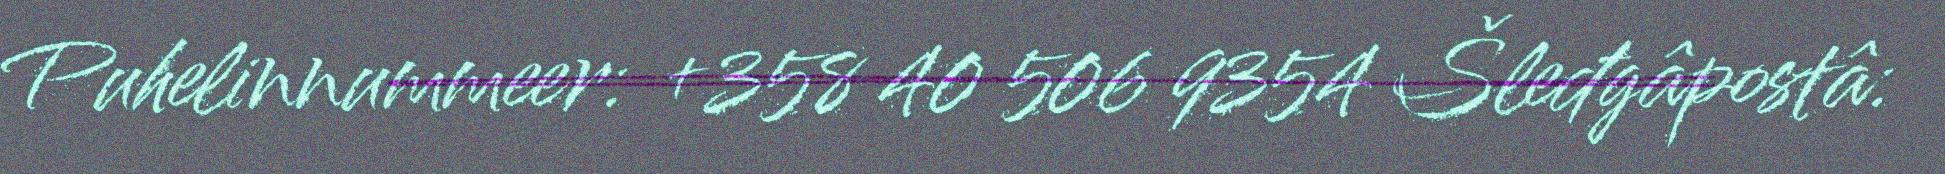
Puhelinnummeer: +358 40 506 9354 Šleđgâpostâ: